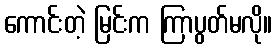
ကောင်းတဲ့ မြင်းက ကြာပွတ်မလို။